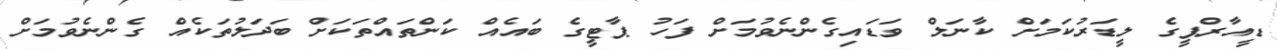
ޑީއާރްޕީގެ ލީޑަރުކަމަށް ކާނަލް ވަޑައިގެންނެވުމަށް ފަހު ޕާޓީގެ ބައެއް ކަންތައްތަކަށް ބަދަލުތަކެއް ގެންނެވުމަށް